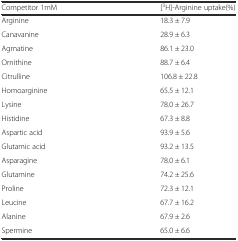
| Competitor 1mM | [3H]-Arginine uptake(%) |
 | --- | --- |
 | Arginine | 18.3 ± 7.9 |
 | Canavanine | 28.9 ± 6.3 |
 | Agmatine | 86.1 ± 23.0 |
 | Ornithine | 88.7 ± 6.4 |
 | Citrulline | 106.8 ± 22.8 |
 | Homoarginine | 65.5 ± 12.1 |
 | Lysine | 78.0 ± 26.7 |
 | Histidine | 67.3 ± 8.8 |
 | Aspartic acid | 93.9 ± 5.6 |
 | Glutamic acid | 93.2 ± 13.5 |
 | Asparagine | 78.0 ± 6.1 |
 | Glutamine | 74.2 ± 25.6 |
 | Proline | 72.3 ± 12.1 |
 | Leucine | 67.7 ± 16.2 |
 | Alanine | 67.9 ± 2.6 |
 | Spermine | 65.0 ± 6.6 |